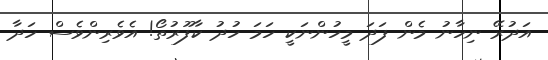
އަދުރޭ ނިހާނު މެން ފަދަ މީހުންނަކީ ހަމަ ހުދު ކާފޫރުތޯ! އެވެރިންވެސް ހަދާ